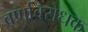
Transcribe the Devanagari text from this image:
वर्णावरोधक